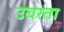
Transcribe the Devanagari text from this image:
उबरता